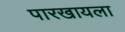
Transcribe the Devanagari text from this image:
पारखायला